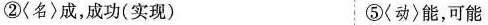
②〈名〉成，成功(实现) ⑤〈动〉能，可能